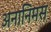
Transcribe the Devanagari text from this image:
अनानिमस